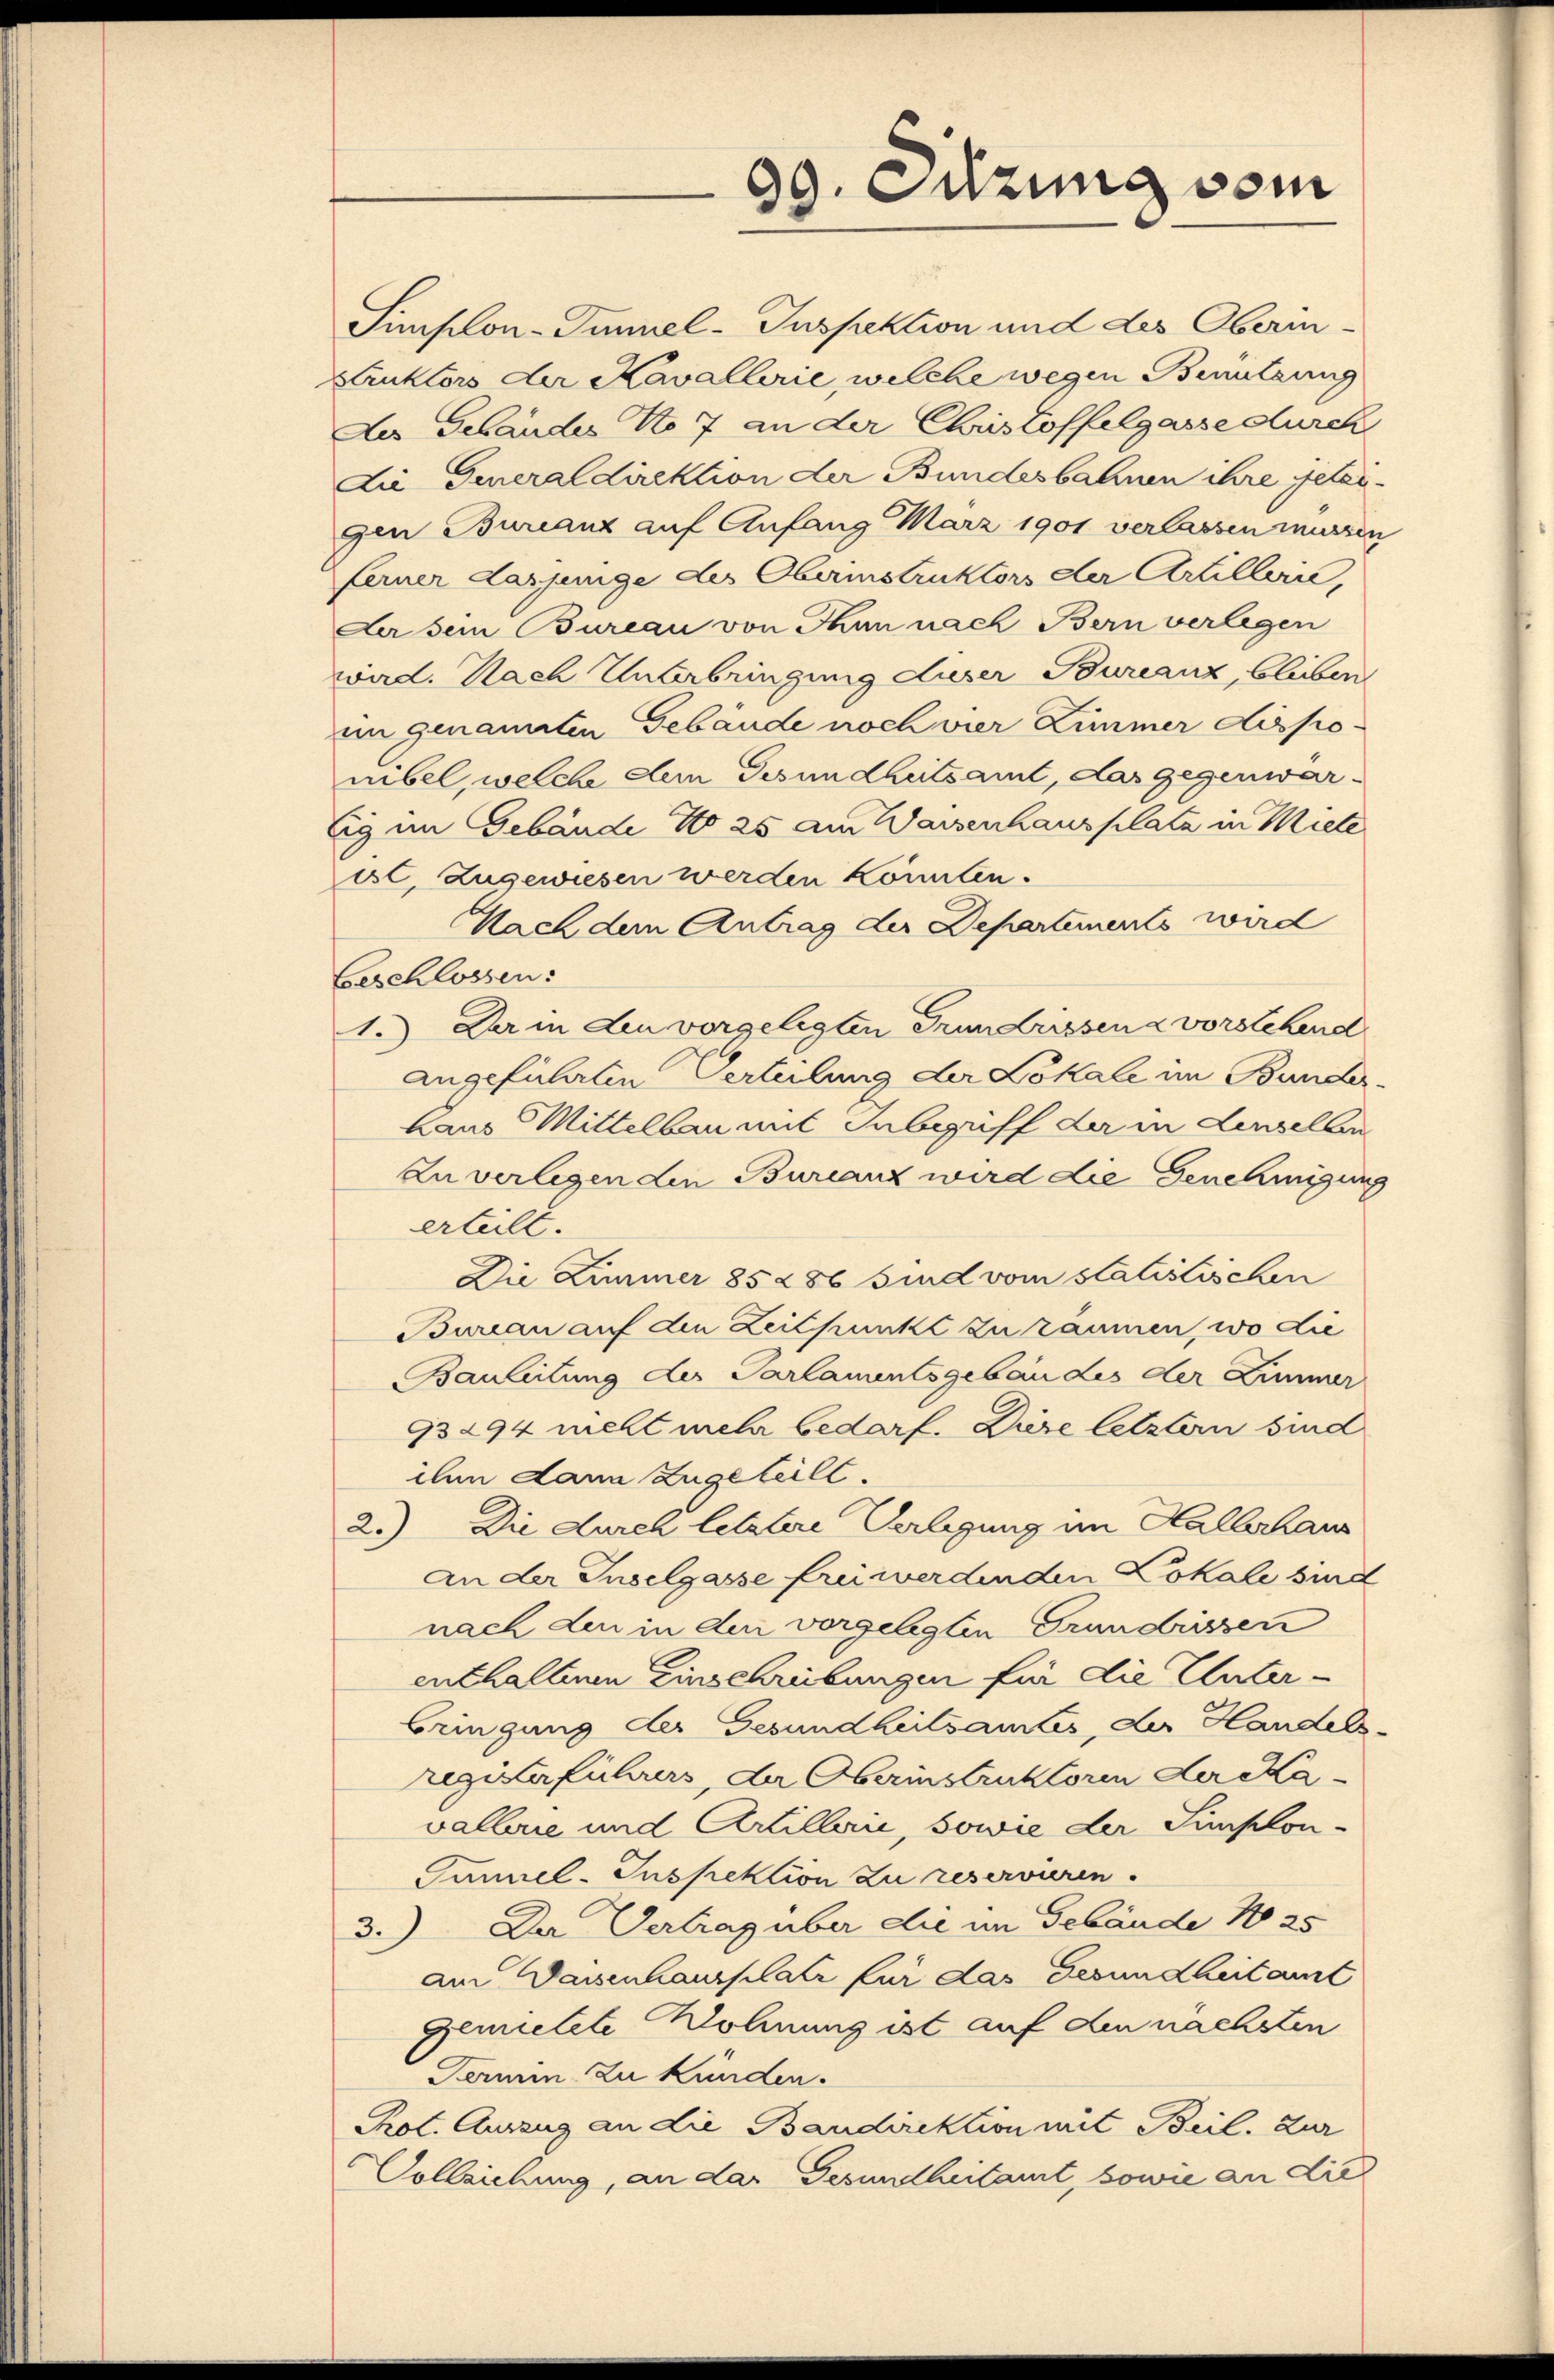
Simplon-Tunnel-Inspektion und des Oberin.
Buktors der Kavallerie, welche wegen Benutzung
Du Gebäudes No 7 an der Christoffelgasse durch
Die Generaldirektion der Bundesbahnen ihre getan.
gen Burcanz auf Anfang März 1901 verlassen müssen
ferner dasjunge des Oberinstruktors der Artillen,
La sein Bureau von Thun nach Bern verlegen
wird. Nach Unterbringung dieser Bureaux, bleiben
in genannten Gebäude noch vier Zimmer dispo-
nibel, welche dem Gesundheitsamt, das gegenwärtig im Gebäude No 25 am Waisenhausplatz in Miele
ist, zugewiesen werden könnten.
Nach dem Antrag der Departements wird
Beschlossen:
1.) Dein Leu vorgelegten Grundrissen a vorstehend
angeführten Verteilung der Lokale im Bunder-
Haus Mittelbau mit Inbegriff der in Linselben
Zuverlegen den Burcanz wird die Genehmigung
erteilt.
Die Zimmer 85286 sind vom statistischen
Bureau auf den Zeitpunkt zu räumen, wo die
Bauleitung der Parlamentsgebau des der Zimmer
93294 nicht mehr bedarf. Diese letztern sind
ihm dann zugeteilt.
2.) Die durch letztere Verlegung im Hallerhaus
An der Inselgasse frei werdenden Lokale sind
nach den in den vorgelegten Grundrissen
enthaltenen Einschreibungen für die Unterbringung der Gesundheitsamtes, der Handels-
registerführers, der Oberinstruktoren der Ka
vallerie und Artillen, sowie der Simplon-
Tammel-Inspektion zu reservieren.
3.) Der Vertrag über die im Gebäude No 25
am Dassenhausplatz für das Gesundheit amt
gemutete Wohnung ist auf den nächsten
Fermin zu künden.
Prot. Auszug an die Bandirektion mit Beil. Zur
Vollziehung, an das Gesundheitamt, sowie an die

99. Jung vom